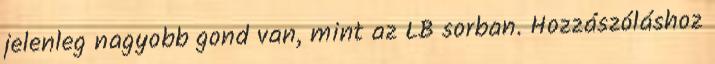
jelenleg nagyobb gond van, mint az LB sorban. Hozzászóláshoz